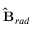
\mathbf { \hat { B } } _ { r a d }